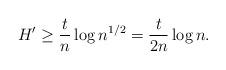
LaTeX: \begin{align*} H' \geq \frac{t}{n} \log n^{1/2} = \frac{t}{2n} \log n.\end{align*}